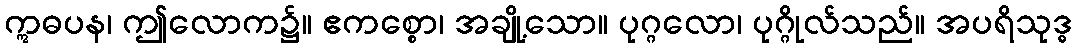
ဣဓပန၊ ဤလောက၌။ ဧကစ္စော၊ အချို့သော။ ပုဂ္ဂလော၊ ပုဂ္ဂိုလ်သည်။ အပရိသုဒ္ဓ